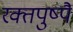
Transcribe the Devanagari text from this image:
रक्तपुष्पै